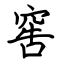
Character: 窖